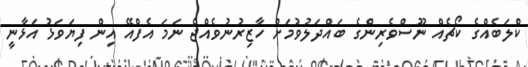
ކްލަބެއްގެ ކޯޗެއް ނޫސްވެރިންގެ ބައްދަލުވުމަށް ހާޒިރުނުވެއްޖެ ނަމަ އެފްއޭ އިން ފިޔަވަޅު އަޅާނީ